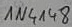
Text: 1N4148